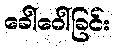
ခေါ်ဝေါ်ခြင်း